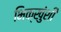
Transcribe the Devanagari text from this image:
भिक्खुंशी